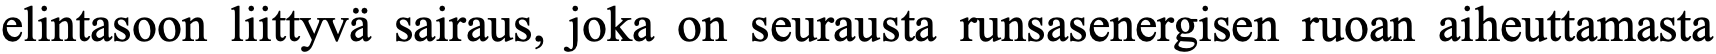
elintasoon liittyvä sairaus, joka on seurausta runsasenergisen ruoan aiheuttamasta